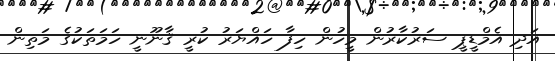
އަދި އެމްޑީޕީ ސަރުކާރުން މީހުން ހިފާ ހައްޔަރު ކުރީ ޤާނޫނީ ހަމަތަކުގެ މަތިން